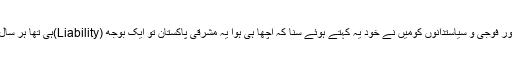
بچے کھچے پاکستان کے بعض دانشوروں اور فوجی و سیاستدانوں کومیں نے خود یہ کہتے ہوئے سنا کہ اچھا ہی ہوا یہ مشرقی پاکستان تو ایک بوجھ (Liability)ہی تھا ہر سال سیلاب میں اس کی امداد کر نی پڑتی تھی ۔